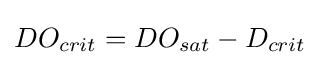
DO_{crit}=DO_{sat}-D_{crit}